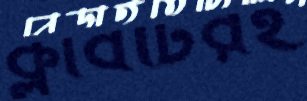
ক্লাবটিরই